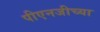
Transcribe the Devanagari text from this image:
पीएनजीच्या